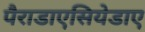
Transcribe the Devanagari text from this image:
पैराडाएसियेडाए